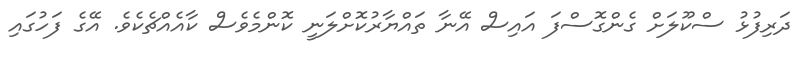
ދަރިފުޅު ސްކޫލަށް ގެންގޮސްފަ އައިސް އޭނާ ތައްޔާރުކޮށްލަނީ ކޮންމެވެސް ކާއެއްޗެކެވެ. އޭގެ ފަހުގައި